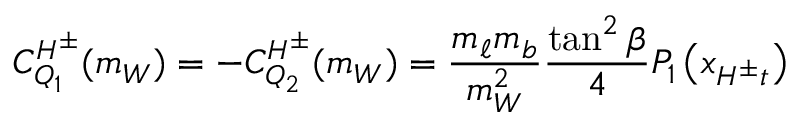
C _ { Q _ { 1 } } ^ { H ^ { \pm } } ( m _ { W } ) = - C _ { Q _ { 2 } } ^ { H ^ { \pm } } ( m _ { W } ) = \frac { m _ { \ell } m _ { b } } { m _ { W } ^ { 2 } } \frac { \tan ^ { 2 } \beta } { 4 } P _ { 1 } \left( x _ { H ^ { \pm } t } \right)